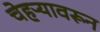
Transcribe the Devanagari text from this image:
चेहऱ्यावरून